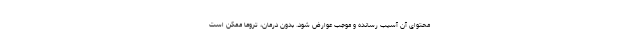
محتوای آن آسیب رسانده و موجب عوارض شود. بدون درمان، تروما ممکن است